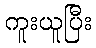
ကူးယူပြီး